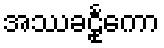
အဿခဠုင်္ကော